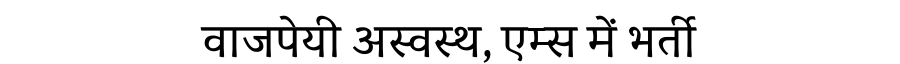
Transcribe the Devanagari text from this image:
वाजपेयी अस्वस्थ, एम्स में भर्ती